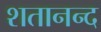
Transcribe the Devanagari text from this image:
शतानन्द